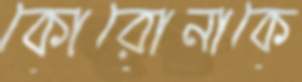
কোরোনাকে